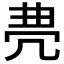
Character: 𠙐